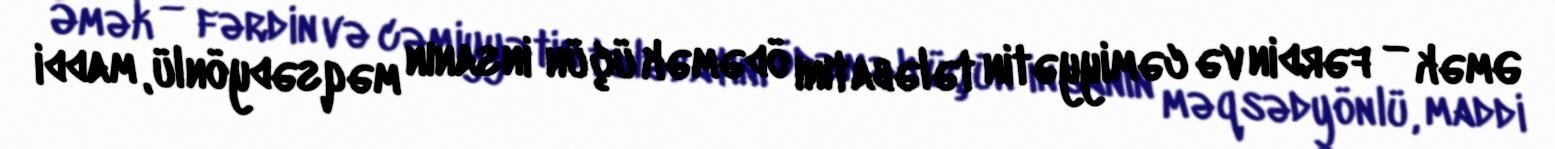
Əmək — fərdin və cəmiyyətin tələbatını ödəmək üçün insanın məqsədyönlü, maddi